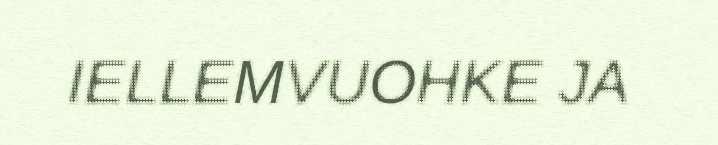
IELLEMVUOHKE JA